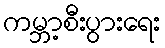
ကမ္ဘာ့စီးပွားရေး